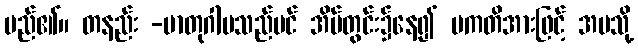
မည်၏။ တနည်း -မာတုဂါမသည်ပင် အိမ်တွင်း၌နေ၍ ပကတိအားဖြင့် အပသို့